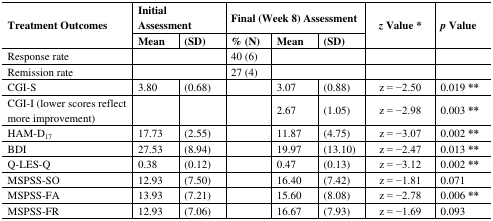
<table><thead><tr><td rowspan="2"><b>Treatment Outcomes</b></td><td colspan="2"><b>Initial Assessment</b></td><td colspan="3"><b>Final (Week 8) Assessment</b></td><td rowspan="2"><b><i>z</i> Value *</b></td><td rowspan="2"><b><i>p</i> Value</b></td></tr><tr><td><b>Mean</b></td><td><b>(SD)</b></td><td><b>% (N)</b></td><td><b>Mean</b></td><td><b>(SD)</b></td></tr></thead><tbody><tr><td>Response rate</td><td colspan="2"></td><td>40 (6)</td><td colspan="2"></td><td></td><td></td></tr><tr><td>Remission rate</td><td colspan="2"></td><td>27 (4)</td><td colspan="2"></td><td></td><td></td></tr><tr><td>CGI-S</td><td>3.80 </td><td>(0.68)</td><td></td><td>3.07</td><td>(0.88)</td><td>z = −2.50</td><td>0.019 **</td></tr><tr><td>CGI-I (lower scores reflect more improvement)</td><td></td><td></td><td></td><td>2.67</td><td>(1.05)</td><td>z = −2.98 </td><td>0.003 **</td></tr><tr><td>HAM-D<sub>17</sub></td><td>17.73</td><td>(2.55)</td><td></td><td>11.87 </td><td>(4.75)</td><td>z = −3.07</td><td>0.002 **</td></tr><tr><td>BDI</td><td>27.53</td><td>(8.94)</td><td></td><td>19.97</td><td>(13.10)</td><td>z = −2.47</td><td>0.013 **</td></tr><tr><td>Q-LES-Q</td><td>0.38</td><td>(0.12)</td><td></td><td>0.47 </td><td>(0.13)</td><td>z = −3.12</td><td>0.002 **</td></tr><tr><td>MSPSS-SO</td><td>12.93</td><td>(7.50)</td><td></td><td>16.40 </td><td>(7.42)</td><td>z = −1.81</td><td>0.071</td></tr><tr><td>MSPSS-FA</td><td>13.93</td><td>(7.21)</td><td></td><td>15.60 </td><td>(8.08)</td><td>z = −2.78</td><td>0.006 **</td></tr><tr><td>MSPSS-FR</td><td>12.93</td><td>(7.06)</td><td></td><td>16.67 </td><td>(7.93)</td><td>z = −1.69</td><td>0.093</td></tr></tbody></table>